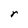
Character: r